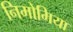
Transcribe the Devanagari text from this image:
निमोमिया